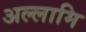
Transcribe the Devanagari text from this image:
अल्लामि